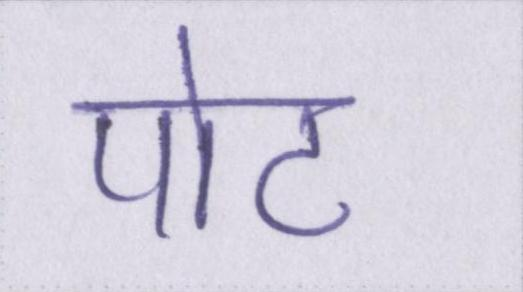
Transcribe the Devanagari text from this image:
पोट